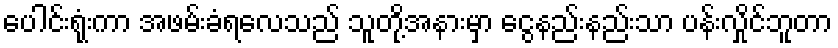
ပေါင်းရုံးကာ အဖမ်းခံရလေသည် သူတို့အနားမှာ ငွေနည်းနည်းသာ ပန်းလှိုင်ဘူတာ